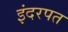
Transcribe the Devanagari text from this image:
इंदरपत